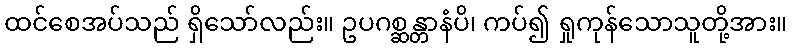
ထင်စေအပ်သည် ရှိသော်လည်း။ ဥပဂစ္ဆန္တာနံပိ၊ ကပ်၍ ရှုကုန်သောသူတို့အား။